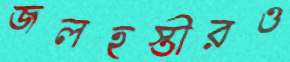
জলহস্তীরও